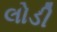
લોડી